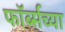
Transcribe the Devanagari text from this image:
फॉर्ब्सच्या